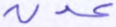
عدن